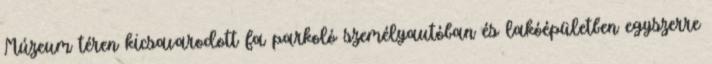
Múzeum téren kicsavarodott fa parkoló személyautóban és lakóépületben egyszerre